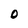
Character: O